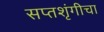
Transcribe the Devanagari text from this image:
सप्तशृंगीचा